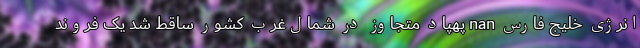
انرژی خلیج فارس nan پهپاد متجاوز در شمال‌غرب کشور ساقط شد یک فروند